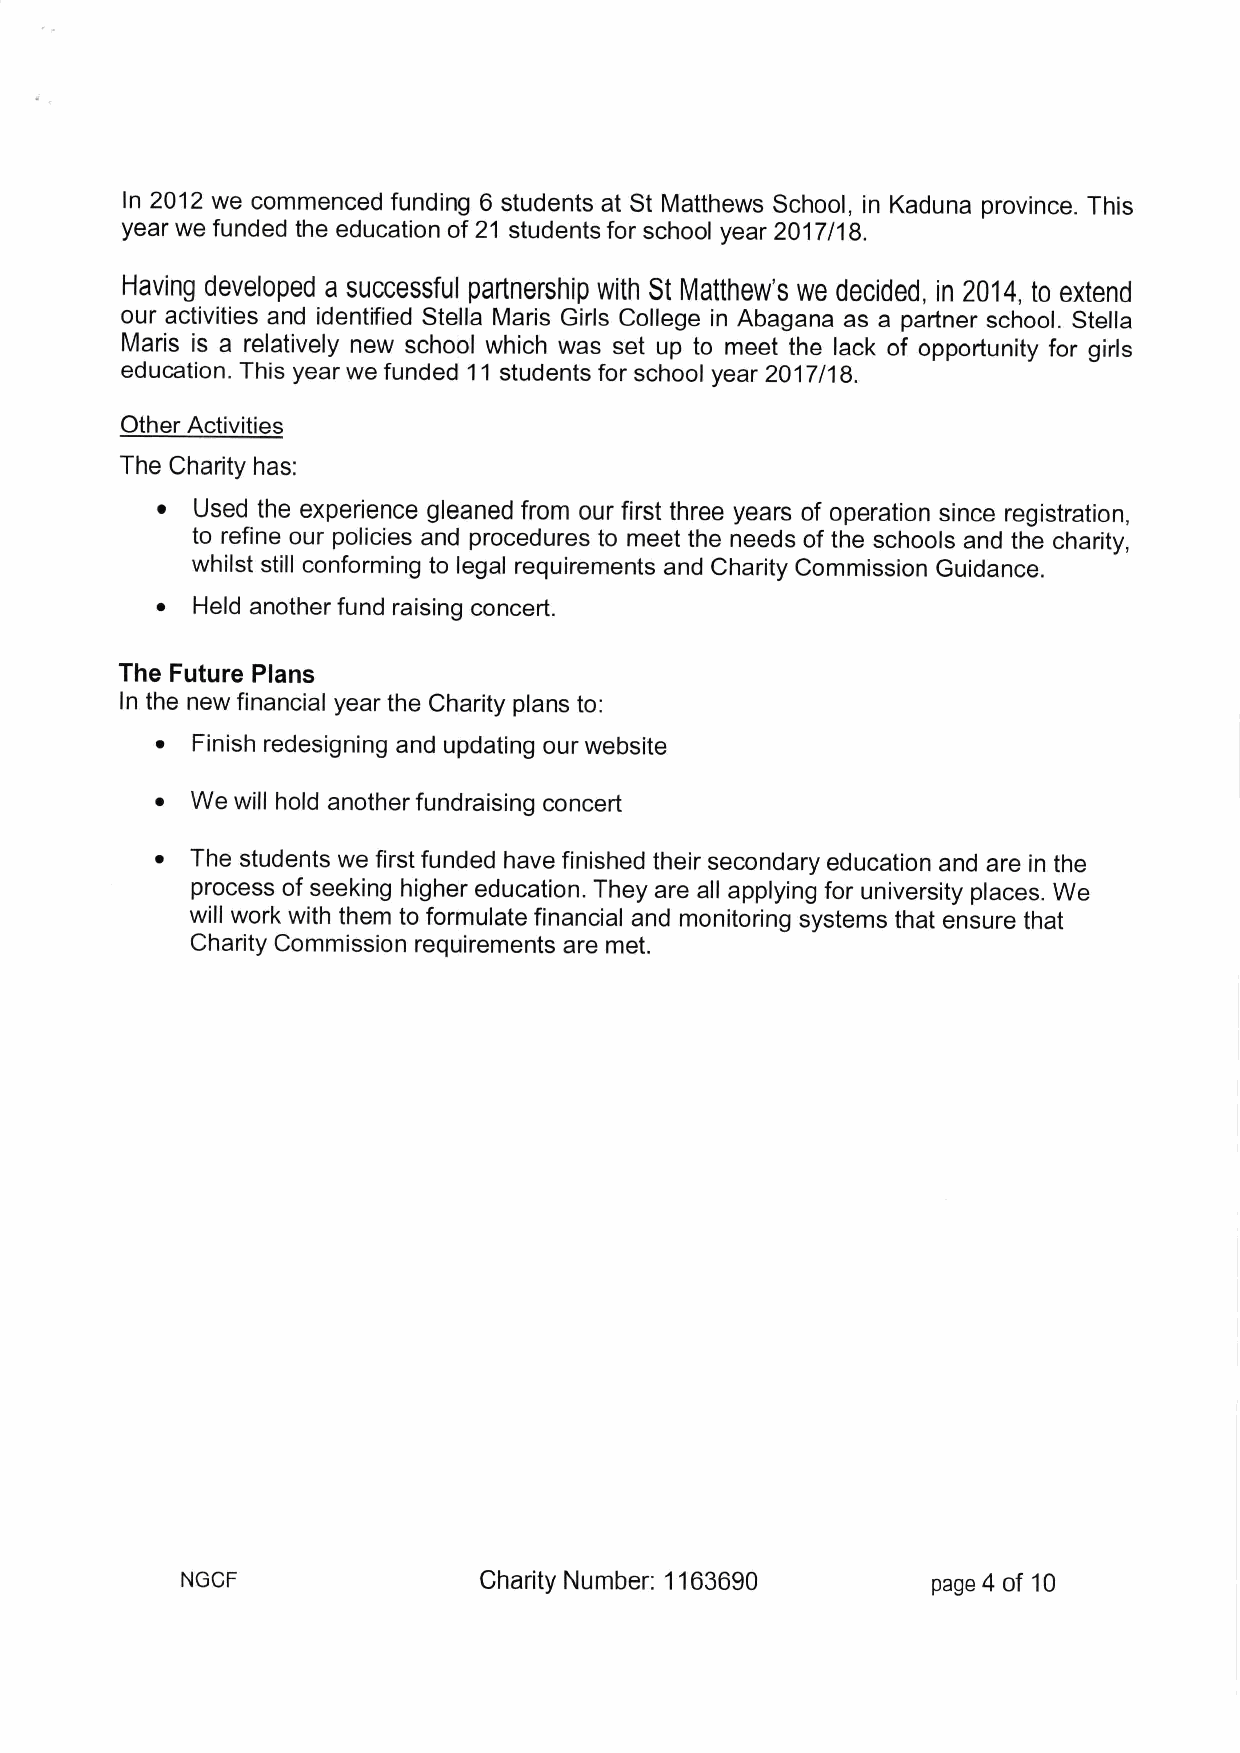
In 2012 we commenced funding 6 students at St Matthews School, in Kaduna province. This
 year we funded the education of 21 students for school year 2017/1 8.
 Having developed a successful partnership with St Matthew's we decided, in 2014, to extend
 our activities and identified Stella Maris Girls College in Abagana as a partner school. Stella
 Maris is a relatively new school which was set up to meet the lack of opportunity for girls
 education. This year we funded 11 students for school year 2017/18.
 Other Activities
 The Charity has:
 ~  Used the experience gleaned from our first three years of operation since registration,
 to refine our policies and procedures to meet the needs of the schools and the charity,
 whilst still conforming to legal requirements and Charity Commission Guidance.
 ~  Held another fund raising concert.
 The Future Plans
 In the new financial year the Charity plans to:
 ~  Finish redesigning and updating our website
 ~  We will hold another fundraising concert
 ~  The students we first funded have finished their secondary education and are in the
 process of seeking higher education. They are all applying for university places. We
 will work with them to formulate financial and monitoring systems that ensure that
 Charity Commission requirements are met.
 NGCF                Charity Number: 1163690       page 4 of 10